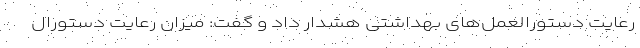
رعایت دستورالعمل‌های بهداشتی هشدار داد و گفت: میزان رعایت دستورال